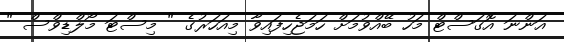
އަންނަ އޮގަސްޓް މަހު ބޭއްވުމަށް ހަމަޖެހިފައިވާ މިއަހަރުގެ " މިސްޓަ މޯލްޑިވްސް "